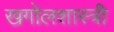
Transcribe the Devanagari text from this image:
खगोलशास्‍त्री